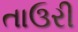
તાઉરી